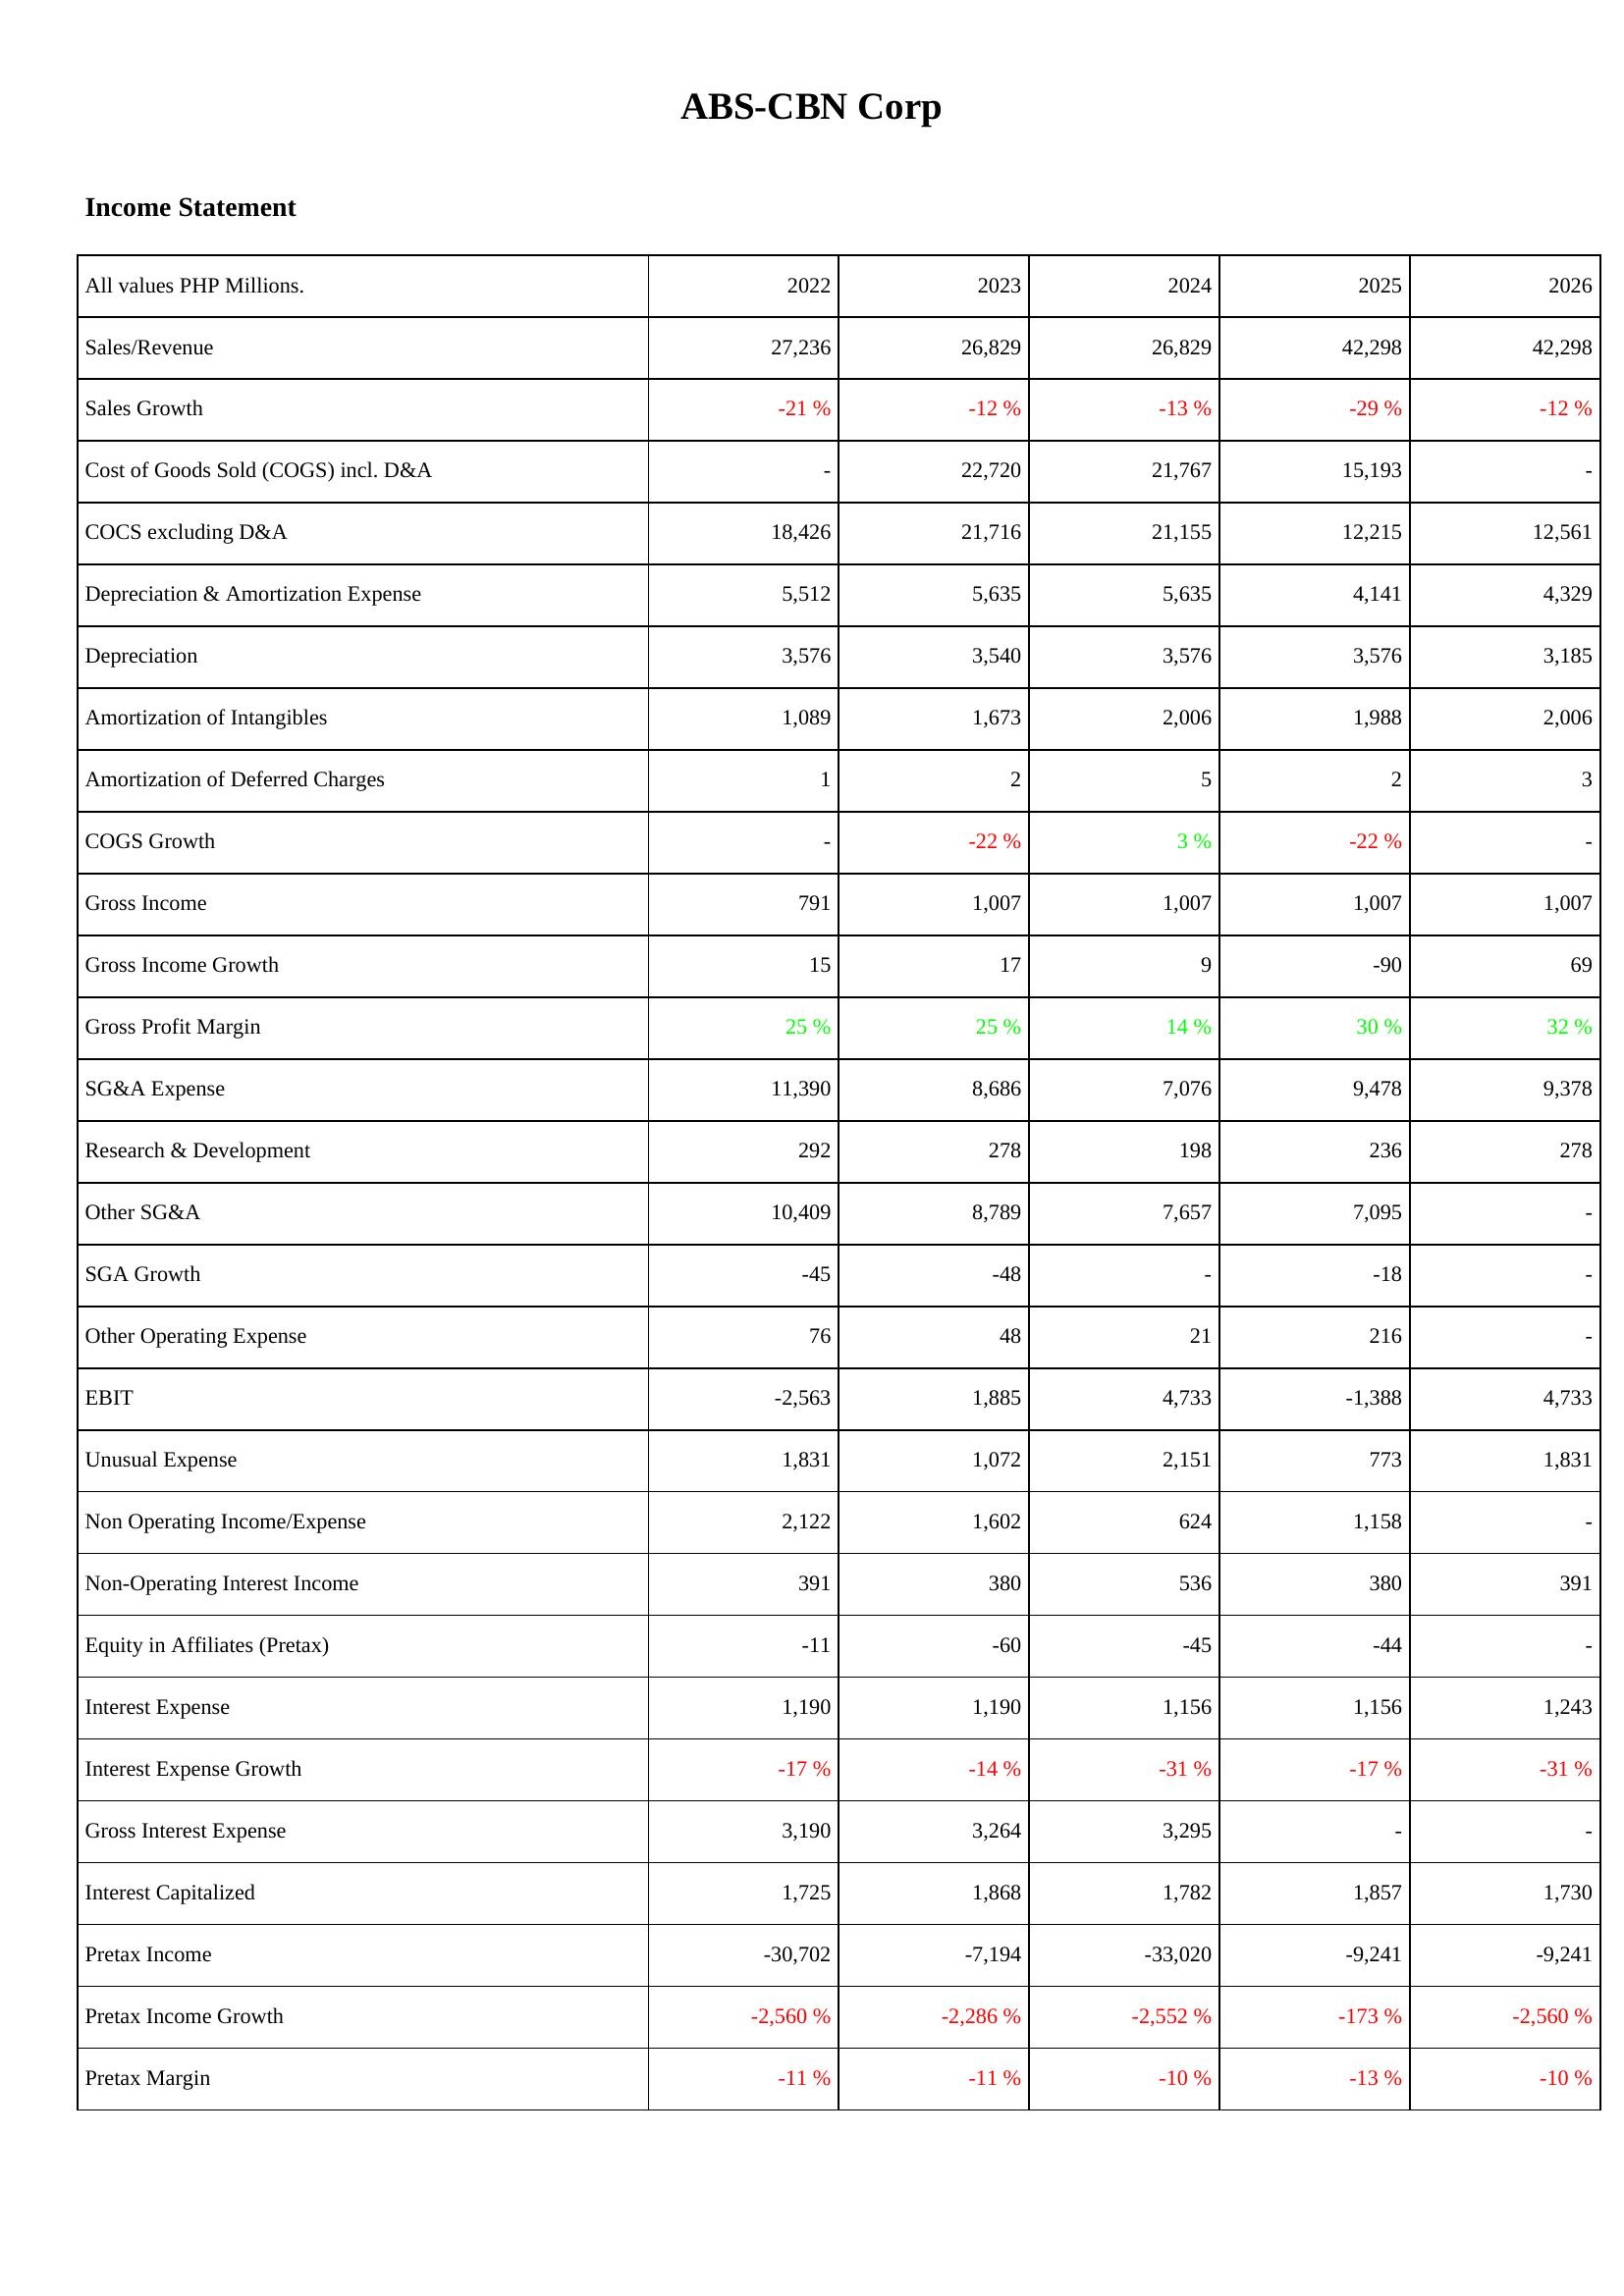
2022: Income Statement: Sales/Revenue: 27,236
Sales Growth: -21 %
Cost of Goods Sold (COGS) incl. D&A: -
COCS excluding D&A: 18,426
Depreciation & Amortization Expense: 5,512
Depreciation: 3,576
Amortization of Intangibles: 1,089
Amortization of Deferred Charges: 1
COGS Growth: -
Gross Income: 791
Gross Income Growth: 15
Gross Profit Margin: 25 %
SG&A Expense: 11,390
Research & Development: 292
Other SG&A: 10,409
SGA Growth: -45
Other Operating Expense: 76
EBIT: -2,563
Unusual Expense: 1,831
Non Operating Income/Expense: 2,122
Non-Operating Interest Income: 391
Equity in Affiliates (Pretax): -11
Interest Expense: 1,190
Interest Expense Growth: -17 %
Gross Interest Expense: 3,190
Interest Capitalized: 1,725
Pretax Income: -30,702
Pretax Income Growth: -2,560 %
Pretax Margin: -11 %
2023: Income Statement: Sales/Revenue: 26,829
Sales Growth: -12 %
Cost of Goods Sold (COGS) incl. D&A: 22,720
COCS excluding D&A: 21,716
Depreciation & Amortization Expense: 5,635
Depreciation: 3,540
Amortization of Intangibles: 1,673
Amortization of Deferred Charges: 2
COGS Growth: -22 %
Gross Income: 1,007
Gross Income Growth: 17
Gross Profit Margin: 25 %
SG&A Expense: 8,686
Research & Development: 278
Other SG&A: 8,789
SGA Growth: -48
Other Operating Expense: 48
EBIT: 1,885
Unusual Expense: 1,072
Non Operating Income/Expense: 1,602
Non-Operating Interest Income: 380
Equity in Affiliates (Pretax): -60
Interest Expense: 1,190
Interest Expense Growth: -14 %
Gross Interest Expense: 3,264
Interest Capitalized: 1,868
Pretax Income: -7,194
Pretax Income Growth: -2,286 %
Pretax Margin: -11 %
2024: Income Statement: Sales/Revenue: 26,829
Sales Growth: -13 %
Cost of Goods Sold (COGS) incl. D&A: 21,767
COCS excluding D&A: 21,155
Depreciation & Amortization Expense: 5,635
Depreciation: 3,576
Amortization of Intangibles: 2,006
Amortization of Deferred Charges: 5
COGS Growth: 3 %
Gross Income: 1,007
Gross Income Growth: 9
Gross Profit Margin: 14 %
SG&A Expense: 7,076
Research & Development: 198
Other SG&A: 7,657
SGA Growth: -
Other Operating Expense: 21
EBIT: 4,733
Unusual Expense: 2,151
Non Operating Income/Expense: 624
Non-Operating Interest Income: 536
Equity in Affiliates (Pretax): -45
Interest Expense: 1,156
Interest Expense Growth: -31 %
Gross Interest Expense: 3,295
Interest Capitalized: 1,782
Pretax Income: -33,020
Pretax Income Growth: -2,552 %
Pretax Margin: -10 %
2025: Income Statement: Sales/Revenue: 42,298
Sales Growth: -29 %
Cost of Goods Sold (COGS) incl. D&A: 15,193
COCS excluding D&A: 12,215
Depreciation & Amortization Expense: 4,141
Depreciation: 3,576
Amortization of Intangibles: 1,988
Amortization of Deferred Charges: 2
COGS Growth: -22 %
Gross Income: 1,007
Gross Income Growth: -90
Gross Profit Margin: 30 %
SG&A Expense: 9,478
Research & Development: 236
Other SG&A: 7,095
SGA Growth: -18
Other Operating Expense: 216
EBIT: -1,388
Unusual Expense: 773
Non Operating Income/Expense: 1,158
Non-Operating Interest Income: 380
Equity in Affiliates (Pretax): -44
Interest Expense: 1,156
Interest Expense Growth: -17 %
Gross Interest Expense: -
Interest Capitalized: 1,857
Pretax Income: -9,241
Pretax Income Growth: -173 %
Pretax Margin: -13 %
2026: Income Statement: Sales/Revenue: 42,298
Sales Growth: -12 %
Cost of Goods Sold (COGS) incl. D&A: -
COCS excluding D&A: 12,561
Depreciation & Amortization Expense: 4,329
Depreciation: 3,185
Amortization of Intangibles: 2,006
Amortization of Deferred Charges: 3
COGS Growth: -
Gross Income: 1,007
Gross Income Growth: 69
Gross Profit Margin: 32 %
SG&A Expense: 9,378
Research & Development: 278
Other SG&A: -
SGA Growth: -
Other Operating Expense: -
EBIT: 4,733
Unusual Expense: 1,831
Non Operating Income/Expense: -
Non-Operating Interest Income: 391
Equity in Affiliates (Pretax): -
Interest Expense: 1,243
Interest Expense Growth: -31 %
Gross Interest Expense: -
Interest Capitalized: 1,730
Pretax Income: -9,241
Pretax Income Growth: -2,560 %
Pretax Margin: -10 %